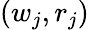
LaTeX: (w_{j},r_{j})